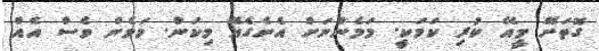
ގޮތަށޭ މީއޭ ކުރި ކަމަކީ. މަމެންނަށް އެނެގެއޭ މިކަން. މަމެން ވެސް އެއް